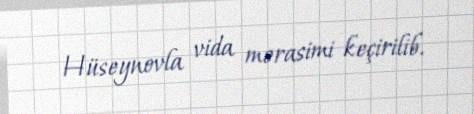
Hüseynovla vida mərasimi keçirilib.